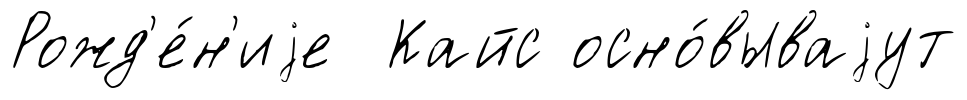
Рожд'е́н'иjе Кайс осно́вываjут